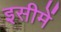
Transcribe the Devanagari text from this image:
इसीमें